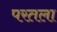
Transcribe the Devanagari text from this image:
परतला